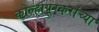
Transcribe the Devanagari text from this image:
कोल्हापूरकरांच्या